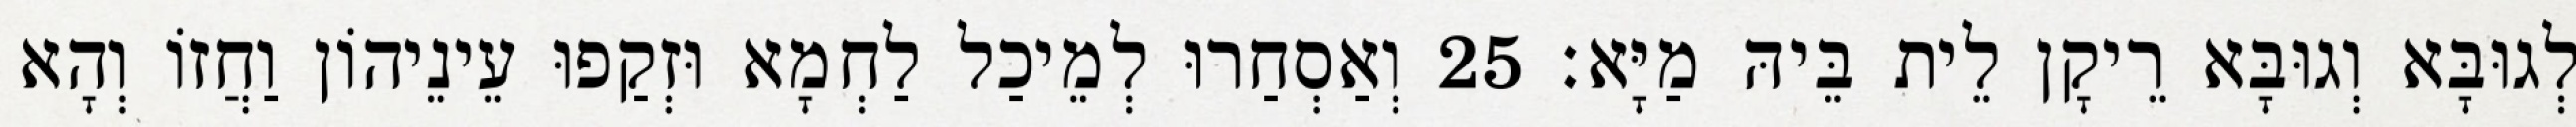
לְגוּבָּא וְגוּבָּא רֵיקָן לֵית בֵּיהּ מַיָּא׃ 25 וְאַסְחַרוּ לְמֵיכַל לַחְמָא וּזְקַפוּ עֵינֵיהוֹן וַחֲזוֹ וְהָא